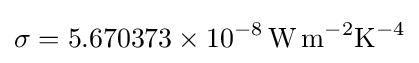
\sigma =5.670373\times 10^{-8}\,\mathrm {W\,m^{-2}K^{-4}}